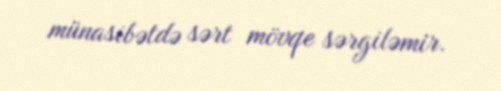
münasibətdə sərt mövqe sərgiləmir.